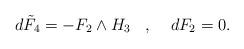
LaTeX: \begin{align*}d \tilde F_4 = -F_2 \wedge H_3 \;\;\; , \;\;\;\; dF_2 = 0.\end{align*}